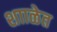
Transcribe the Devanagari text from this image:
शााळेत